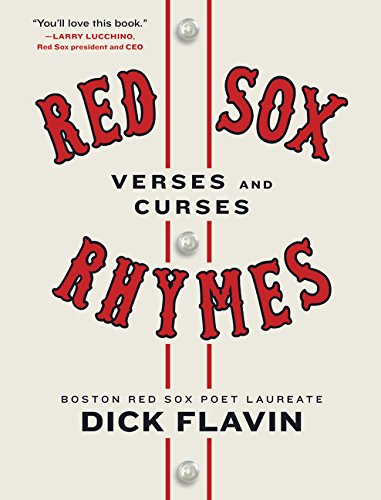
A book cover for Red Sox Rhymes: Verses and Curses; Dick Flavin; Humor & Entertainment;